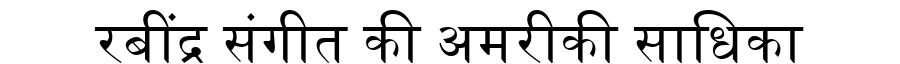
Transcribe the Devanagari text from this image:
रबींद्र संगीत की अमरीकी साधिका